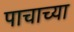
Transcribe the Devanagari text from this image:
पाचाच्या